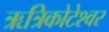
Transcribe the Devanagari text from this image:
ऋत्रिकोटेश्‍वर